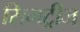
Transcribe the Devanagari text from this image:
सिमट्रीज